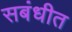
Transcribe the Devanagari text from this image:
सबंधीत